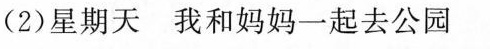
(2)星期天 我和妈妈一起去公园